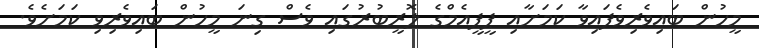
މީހުން ބައިވެރިވެފައިވާ ކަމަށާއި ޕީޕީއެމްގެ ލޮރީބުރުގައި ވެސް ގިނަ މީހުން ބައިވެރިވި ކަމަށެވެ.